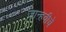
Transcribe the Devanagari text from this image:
जान्हवीचे